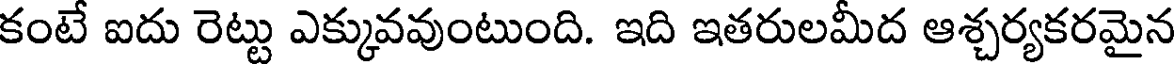
కంటే ఐదు రెట్టు ఎక్కువవుంటుంది. ఇది ఇతరులమీద ఆశ్చర్యకరమైన